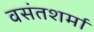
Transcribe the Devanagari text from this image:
वसंतशर्मा